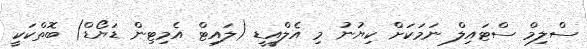
ސްލިމް ސްޓައިލް ނަމަކަށް ކިޔުނު މި އެލްއީޑީ (ލައިޓް އެމިޓިން ޑަޔޯޑް) ބޮތްކަކީ